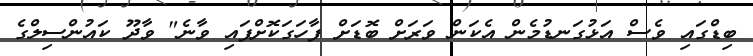
ބިޑްގައި ވެސް އަޅުގަނޑުމެން އެކަން ވަރަށް ބޮޑަށް ފާހަގަކޮށްފައި ވާނެ" ވާދޫ ކައުންސިލްގެ